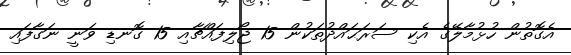
އެގޮތުން ހުޅުމާލޭގެ އެކި ސަރަޙައްދުތަކުން 15 ޖޯލިފައްޗާއި 15 ގޮނޑި ވަނީ ނަގާފައި